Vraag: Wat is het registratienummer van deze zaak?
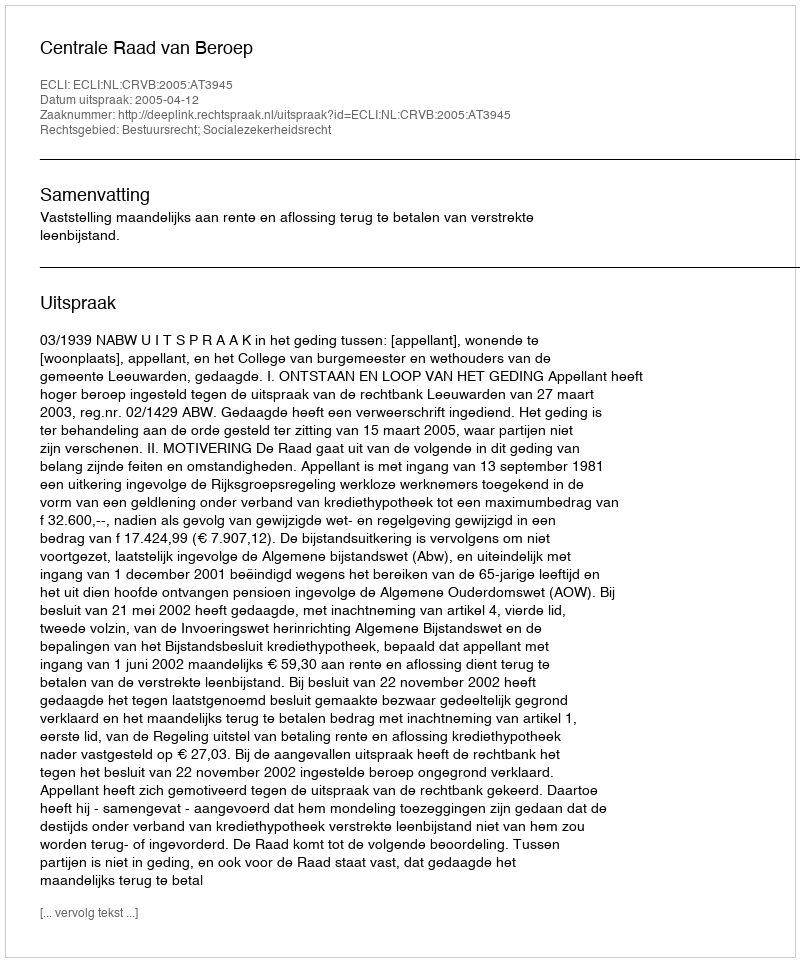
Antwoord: http://deeplink.rechtspraak.nl/uitspraak?id=ECLI:NL:CRVB:2005:AT3945